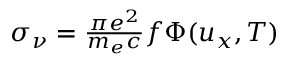
\begin{array} { r } { \sigma _ { \nu } = \frac { \pi e ^ { 2 } } { m _ { e } c } f \Phi ( u _ { x } , T ) } \end{array}